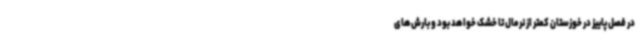
در فصل پاییز در خوزستان کمتر از نرمال تا خشک خواهد بود و بارش‌های